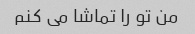
من تو را تماشا می کنم